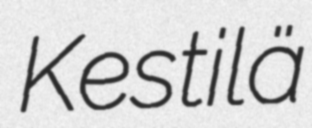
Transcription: Kestilä